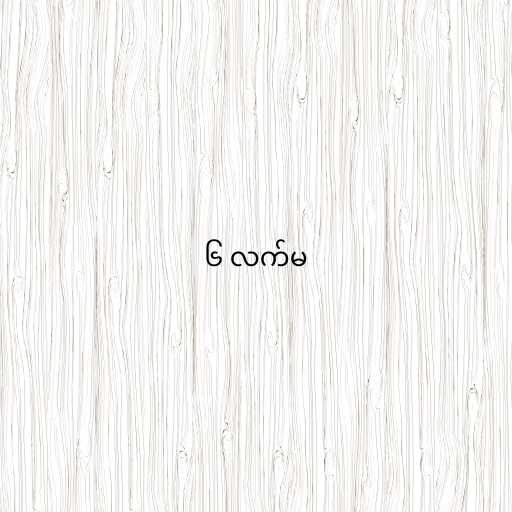
၆ လက်မ